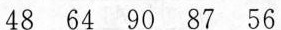
48 64 90 87 56